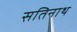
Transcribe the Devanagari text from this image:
सतिनाथ